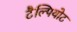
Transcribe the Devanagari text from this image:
टैल्पियोट